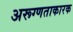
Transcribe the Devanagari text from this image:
अरूग्णताकारक